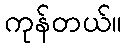
ကုန်တယ်။